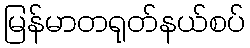
မြန်မာတရုတ်နယ်စပ်